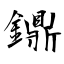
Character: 鐤